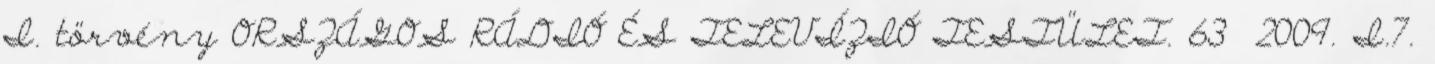
I. törvény ORSZÁGOS RÁDIÓ ÉS TELEVÍZIÓ TESTÜLET. 63 2009. I.7.